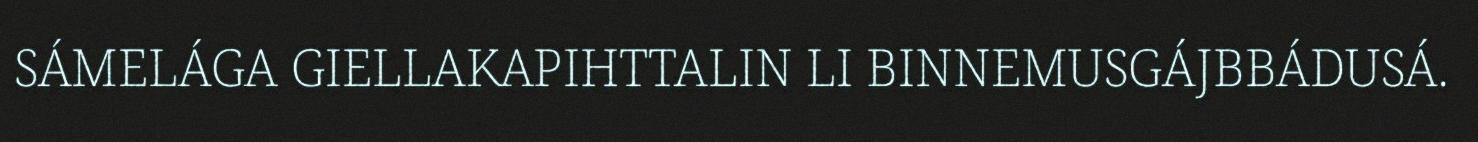
SÁMELÁGA GIELLAKAPIHTTALIN LI BINNEMUSGÁJBBÁDUSÁ.